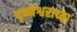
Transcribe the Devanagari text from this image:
घृष्णेश्वराच्या